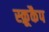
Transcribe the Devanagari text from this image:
स्क्रूकैप